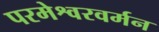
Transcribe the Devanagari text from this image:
परमेश्वरवर्मन